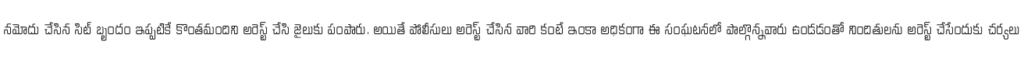
నమోదు చేసిన సిట్ బృందం ఇప్పటికే కొంతమందిని అరెస్ట్ చేసి జైలుకు పంపారు. అయితే పోలీసులు అరెస్ట్ చేసిన వారి కంటే ఇంకా అధికంగా ఈ సంఘటనలో పాల్గొన్నవారు ఉండడంతో నిందితులను అరెస్ట్ చేసేందుకు చర్యలు